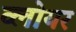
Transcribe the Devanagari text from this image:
व्लोयर